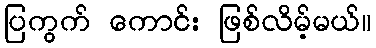
ပြကွက် ကောင်း ဖြစ်လိမ့်မယ်။